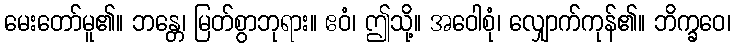
မေးတော်မူ၏။ ဘန္တေ၊ မြတ်စွာဘုရား။ ဧဝံ၊ ဤသို့။ အဝေါစုံ၊ လျှောက်ကုန်၏။ ဘိက္ခဝေ၊